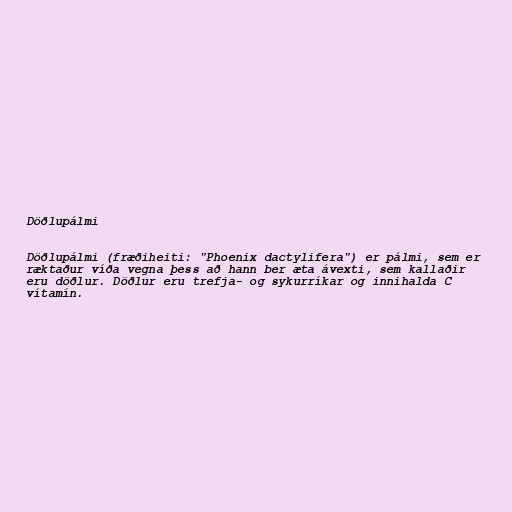
Döðlupálmi

Döðlupálmi (fræðiheiti: "Phoenix dactylifera") er pálmi, sem er
ræktaður víða vegna þess að hann ber æta ávexti, sem kallaðir
eru döðlur. Döðlur eru trefja- og sykurríkar og innihalda C
vítamín.